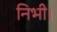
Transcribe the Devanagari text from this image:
निभी।